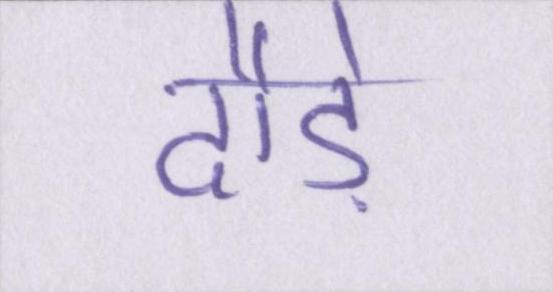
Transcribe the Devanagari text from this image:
दौड़े